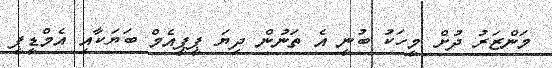
މަންޒަރު ދުށް މީހަކު ބުނީ އެ ތަނުން ދިޔަ ޕީޕީއެމް ބަޔަކާއި އެމްޑީޕީ